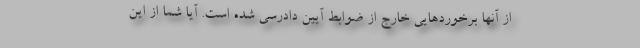
از آنها برخوردهایی خارج از ضوابط آیین دادرسی شده است. آیا شما از این